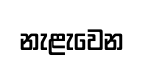
නැළැවෙන